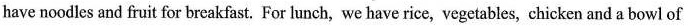
have noodles and fruit for breakfast. For hunch, we have rice, vegetables, chicken and a bowl of